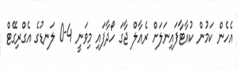
އެހެން ކަމުން ކުއާޓާފައިނަލަށް ރެއާލް ޖާގަ ހޯދާފައި މިވަނީ 4-0 ލަނޑުގެ އެގްރިގޭޓް